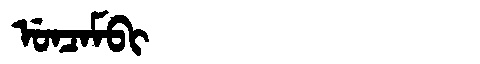
Manchu: ᡠᠨᠴᠠᠮᠪᡳ
Romanization: UNCAMBI